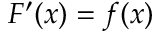
F ^ { \prime } ( x ) = f ( x )